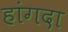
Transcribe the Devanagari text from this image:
हांगदा